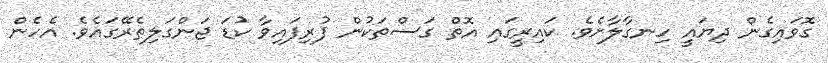
ގޮވައިގެން ދިޔައީ ހިނގާލާށެވެ. ކައިރީގައި އޮތް ގަސްތަކުން ފުރިފައިވާ ކުޑަ ޖަންގަލިތެރޭގައެވެ. އެހެން